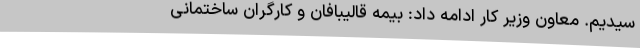
سیدیم. معاون وزیر کار ادامه داد: بیمه قالیبافان و کارگران ساختمانی